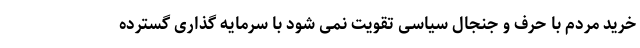
خرید مردم با حرف و جنجال سیاسی تقویت نمی شود با سرمایه گذاری گسترده